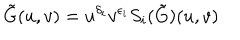
\tilde { G } ( u , v ) = u ^ { \delta _ { i } } v ^ { \epsilon _ { i } } S _ { i } ( \tilde { G } ) ( u , v )